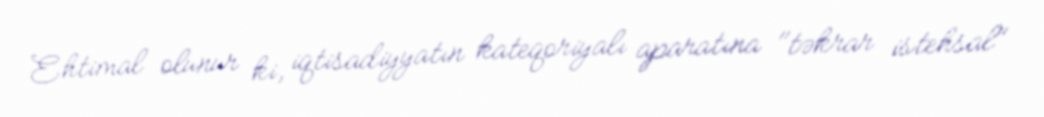
Ehtimal olunur ki, iqtisadiyyatın kateqoriyalı aparatına "təkrar istehsal"